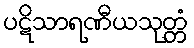
ပဋိသာရဏီယသုတ္တံ